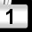
Digit: 1